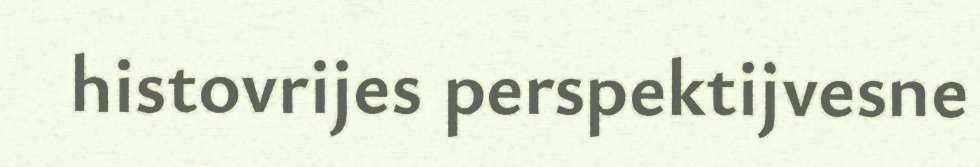
histovrijes perspektijvesne